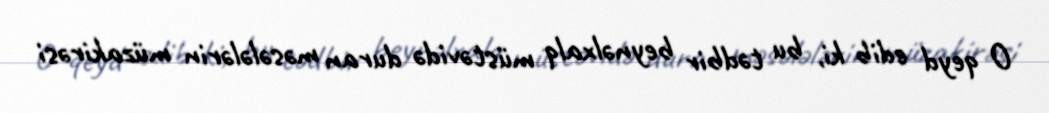
O qeyd edib ki, bu tədbir beynəlxalq müstəvidə duran məsələlərin müzakirəsi